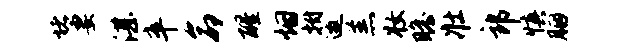
堵妻湛卒命醒烟拊邀羔妆瞻壮郎慎胭